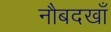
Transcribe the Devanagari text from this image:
नौबदखाँ